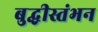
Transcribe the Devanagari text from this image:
बुद्धीस्तंभन